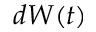
d W ( t )